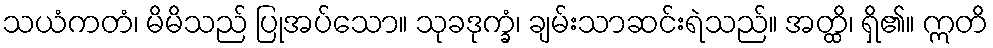
သယံကတံ၊ မိမိသည် ပြုအပ်သော။ သုခဒုက္ခံ၊ ချမ်းသာဆင်းရဲသည်။ အတ္ထိ၊ ရှိ၏။ ဣတိ